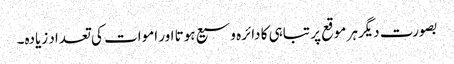
بصورت دیگرہر موقع پر تباہی کا دائرہ وسیع ہوتا اور اموات کی تعداد زیادہ۔